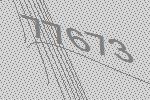
77673